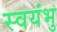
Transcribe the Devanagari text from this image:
स्‍वयंभु